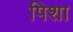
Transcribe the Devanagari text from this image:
पिशा